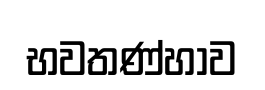
භවතණ්හාව